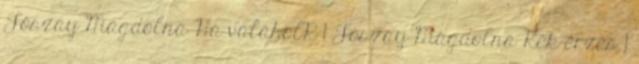
Jószay Magdolna Ha valaholR 1 Jószay Magdolna Kék-érzés 1